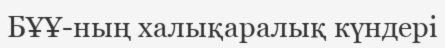
БҰҰ-ның халықаралық күндері